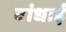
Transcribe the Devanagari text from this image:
वांधाई